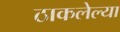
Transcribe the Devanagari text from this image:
ठाकलेल्या